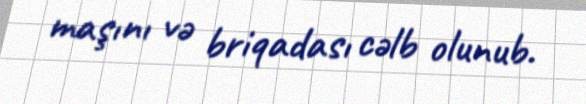
maşını və briqadası cəlb olunub.